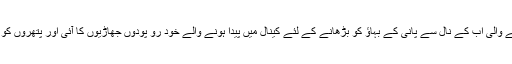
حب ڈیم سے کراچی کو پانی فراہم کرنے والی اب کے نال سے پانی کے بہاؤ کو بڑھانے کے لئے کینال میں پیدا ہونے والے خود رو پودوں جھاڑیوں کا آئی اور پتھروں کو نکال کر کنال کو صاف کر دیا گیا ہے۔